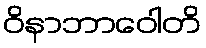
ဝိနာဘာဝေါတိ